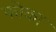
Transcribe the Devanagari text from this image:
फोका